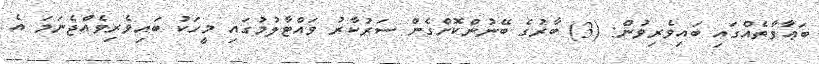
ބަޢާވާތެއްގައި ބައިވެރިވުން: (3) ބާރުގެ ބޭނުންކޮށްގެން ސަރުކާރު ވައްޓާލުމުގައި މީހަކު ބައިވެރިވެއްޖެނަމަ އެ